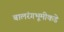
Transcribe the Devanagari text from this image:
बालरंगभूमीकडे